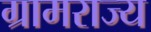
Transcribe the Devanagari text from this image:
ग्रामराज्य